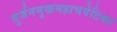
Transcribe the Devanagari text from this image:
दुर्जनमुखमहाचपेटिका